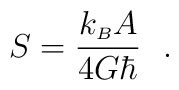
S={k_{\scriptscriptstyle B}A\over4G\hbar}\ \ .